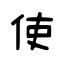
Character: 使